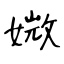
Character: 媺